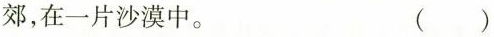
郊，在一片沙漠中。 ( )